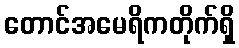
တောင်အမေရိကတိုက်ရှိ